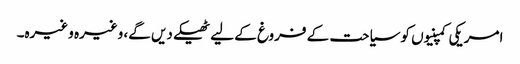
امریکی کمپنیوں کو سیاحت کے فروغ کے لیے ٹھیکے دیں گے، وغیرہ وغیرہ۔